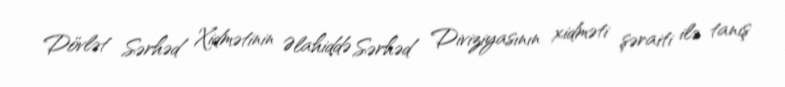
Dövlət Sərhəd Xidmətinin Əlahiddə Sərhəd Diviziyasının xidməti şəraiti ilə tanış